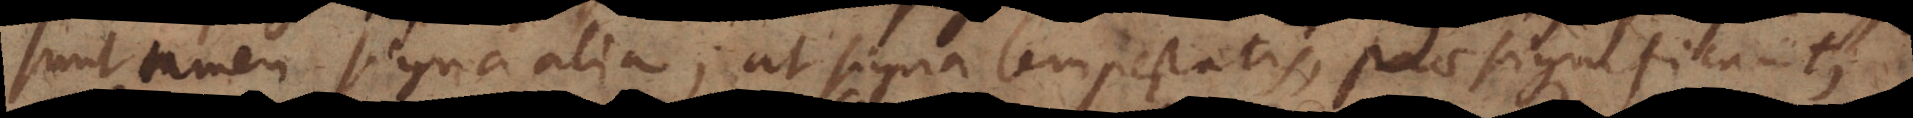
sunt tamen signa alia; ut signa tempestatis, praesignificant,